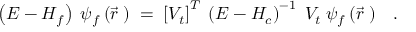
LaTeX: \left( E - H _ { f } \right) \; \psi _ { f } \left( \vec { r } \; \right) \; = \; \left[ V _ { t } \right] ^ { T } \; \left( E - H _ { c } \right) ^ { - 1 } \; V _ { t } \; \psi _ { f } \left( \vec { r } \; \right) \; \; \; .